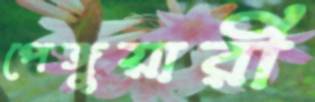
পেঙ্গুয়ারী